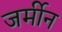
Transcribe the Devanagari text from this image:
जर्मीन